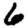
Digit: 6